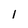
Character: 1